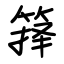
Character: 箨